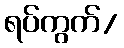
ရပ်ကွက်/